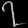
Digit: ၇